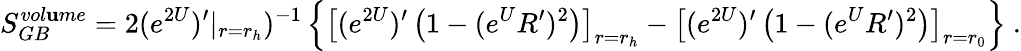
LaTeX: S_{GB}^{vol\mathbf{u}me}=2(e^{2U})^{\prime}|_{r=r_{h}})^{-1}\left\{ \left[(e^{2U})^{\prime}\left(1-(e^{U}R^{\prime})^{2}\right)\right]_{r=r_{h}}-\left[(e^{2U})^{\prime}\left(1-(e^{U}R^{\prime})^{2}\right)\right]_{r=r_{0}}\right\} \ .